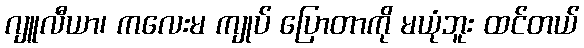
ဂျူလီယာ၊ ကလေးမ ကျုပ် ပြောတာကို မယုံဘူး ထင်တယ်